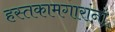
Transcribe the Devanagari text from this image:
हस्तकामगारांना